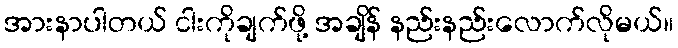
အားနာပါတယ် ငါးကိုချက်ဖို့ အချိန် နည်းနည်းလောက်လိုမယ်။